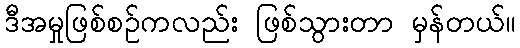
ဒီအမှုဖြစ်စဉ်ကလည်း ဖြစ်သွားတာ မှန်တယ်။